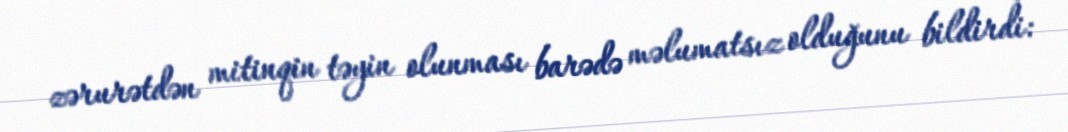
zərurətdən mitinqin təyin olunması barədə məlumatsız olduğunu bildirdi: